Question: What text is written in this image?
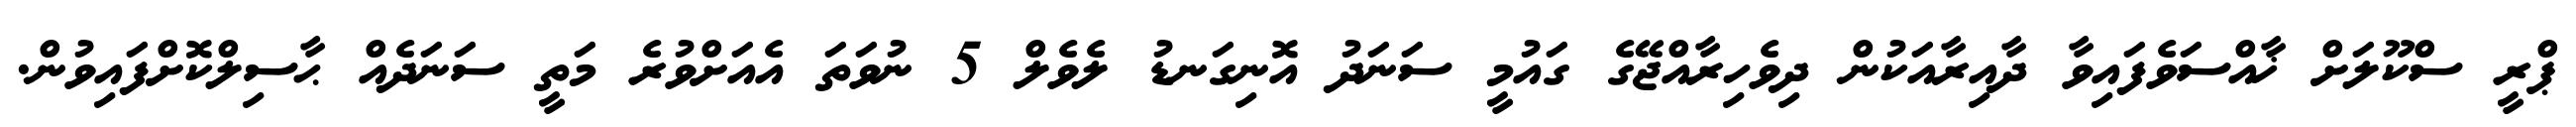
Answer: ޕްރީ ސްކޫލަށް ޚާއްސަވެފައިވާ ދާއިރާއަކުން ދިވެހިރާއްޖޭގެ ގައުމީ ސަނަދު އޮނިގަނޑު ލެވެލް 5 ނުވަތަ އެއަށްވުރެ މަތީ ސަނަދެއް ޙާސިލްކޮށްފައިވުން.